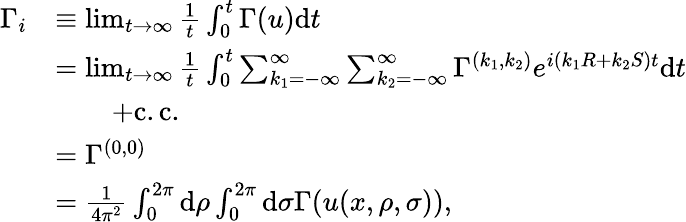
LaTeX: \begin{array}{rl}{\Gamma_{i}}&{\equiv\operatorname*{lim}_{t\to\infty}\frac{1}{t}\int_{0}^{t}\Gamma(u)\mathrm{d}t}\\ &{=\operatorname*{lim}_{t\to\infty}\frac{1}{t}\int_{0}^{t}\sum_{k_{1}=-\infty}^{\infty}\sum_{k_{2}=-\infty}^{\infty}\Gamma^{(k_{1},k_{2})}e^{i(k_{1}R+k_{2}S)t}\mathrm{d}t}\\ &{\qquad+\mathrm{c.c.}}\\ &{=\Gamma^{(0,0)}}\\ &{=\frac{1}{4\pi^{2}}\int_{0}^{2\pi}\mathrm{d}\rho\int_{0}^{2\pi}\mathrm{d}\sigma\Gamma(u(x,\rho,\sigma)),}\end{array}